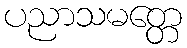
ပညာသမတ္တေ